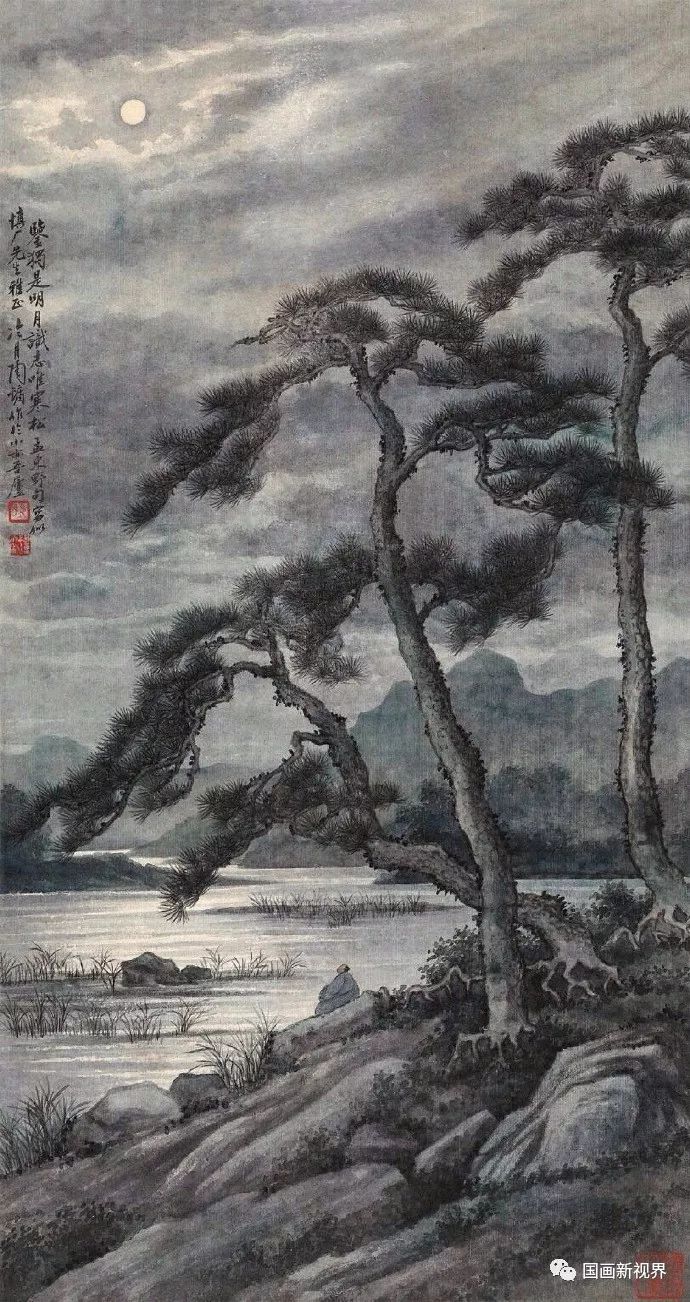
对望中天地，洞然如刷。